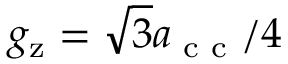
g _ { \mathrm { z } } = \sqrt { 3 } a _ { \textnormal { c c } } / 4